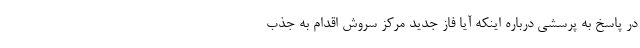
در پاسخ به پرسشی درباره اینکه آیا فاز جدید مرکز سروش اقدام به جذب